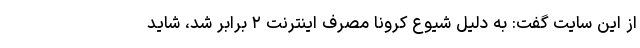
از این سایت گفت: به دلیل شیوع کرونا مصرف اینترنت ۲ برابر شد، شاید